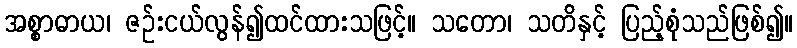
အစ္စာဓာယ၊ ဇဉ်းငယ်လွန်၍ထင်ထားသဖြင့်။ သတော၊ သတိနှင့် ပြည့်စုံသည်ဖြစ်၍။